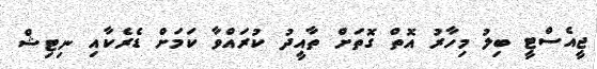
ޖީއެސްޓީ ބިލު މިހާރު އޮތް ގޮތަށް ތާއީދު ކުރައްވާ ކަމަށް ޑެރެކާއި ނިޓިޝް